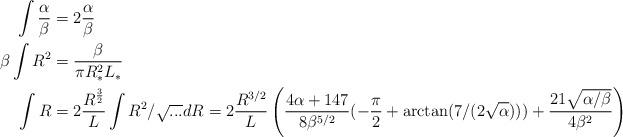
LaTeX: \begin{align*}\int \frac{\alpha}{\beta} &= 2 \frac{\alpha}{\beta} \\\beta\int R^2&= \frac{\beta}{\pi R_*^2 L_*} \\\int R&= 2 \frac{R^\frac{3}{2}}{L}\int R^2/\sqrt{...} dR = 2\frac{R^{3/2}}{L}\left( \frac{4\alpha + 147}{8 \beta^{5/2}}(-\frac\pi 2 + \arctan(7/(2\sqrt{\alpha}))) + \frac{21 \sqrt{\alpha/\beta}}{4\beta^2} \right)\end{align*}